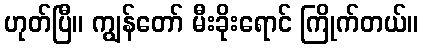
ဟုတ်ပြီ။ ကျွန်တော် မီးခိုးရောင် ကြိုက်တယ်။